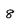
Character: 8